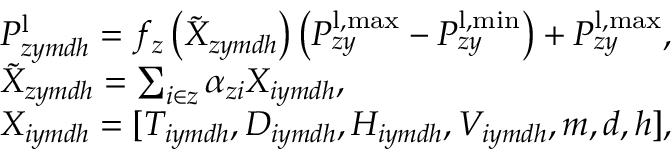
\begin{array} { r l } & { P _ { z y m d h } ^ { \mathrm { l } } = f _ { z } \left( \Tilde { X } _ { z y m d h } \right) \left( P _ { z y } ^ { \mathrm { l } , \operatorname* { m a x } } - P _ { z y } ^ { \mathrm { l } , \operatorname* { m i n } } \right) + P _ { z y } ^ { \mathrm { l } , \operatorname* { m a x } } , } \\ & { \Tilde { X } _ { z y m d h } = \sum _ { i \in z } \alpha _ { z i } { X } _ { i y m d h } , } \\ & { { X } _ { i y m d h } = [ { T } _ { i y m d h } , D _ { i y m d h } , H _ { i y m d h } , V _ { i y m d h } , m , d , h ] , } \end{array}